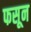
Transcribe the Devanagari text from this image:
फसून